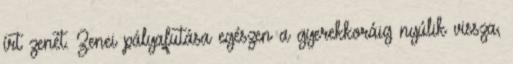
írt zenét. Zenei pályafutása egészen a gyerekkoráig nyúlik vissza,